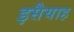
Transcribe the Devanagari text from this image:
इसैयाह